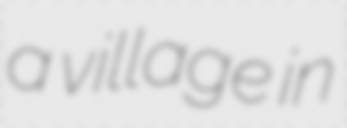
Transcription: a village in